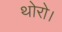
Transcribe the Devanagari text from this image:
थोरो।